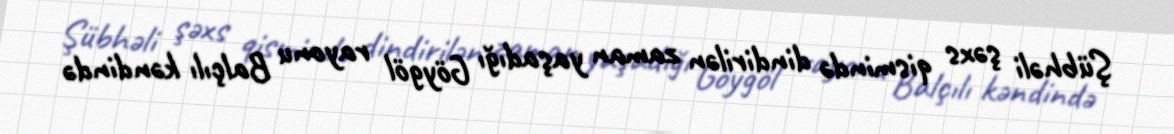
Şübhəli şəxs qismində dindirilən zaman yaşadığı Göygöl rayonu Balçılı kəndində